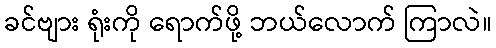
ခင်ဗျား ရုံးကို ရောက်ဖို့ ဘယ်လောက် ကြာလဲ။